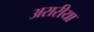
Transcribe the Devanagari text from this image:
अरारीया